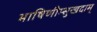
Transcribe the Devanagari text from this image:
भाषिणीम्सुखदाम्